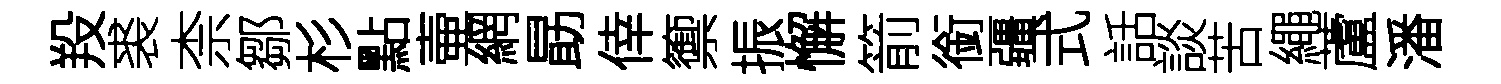
羖裘柰鄒杉點壷網勗倖籞振懈箭銜疆式話談苦繩蘆潘